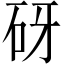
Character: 砑